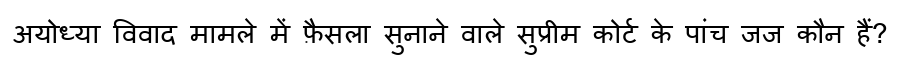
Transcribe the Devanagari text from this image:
अयोध्या विवाद मामले में फ़ैसला सुनाने वाले सुप्रीम कोर्ट के पांच जज कौन हैं?